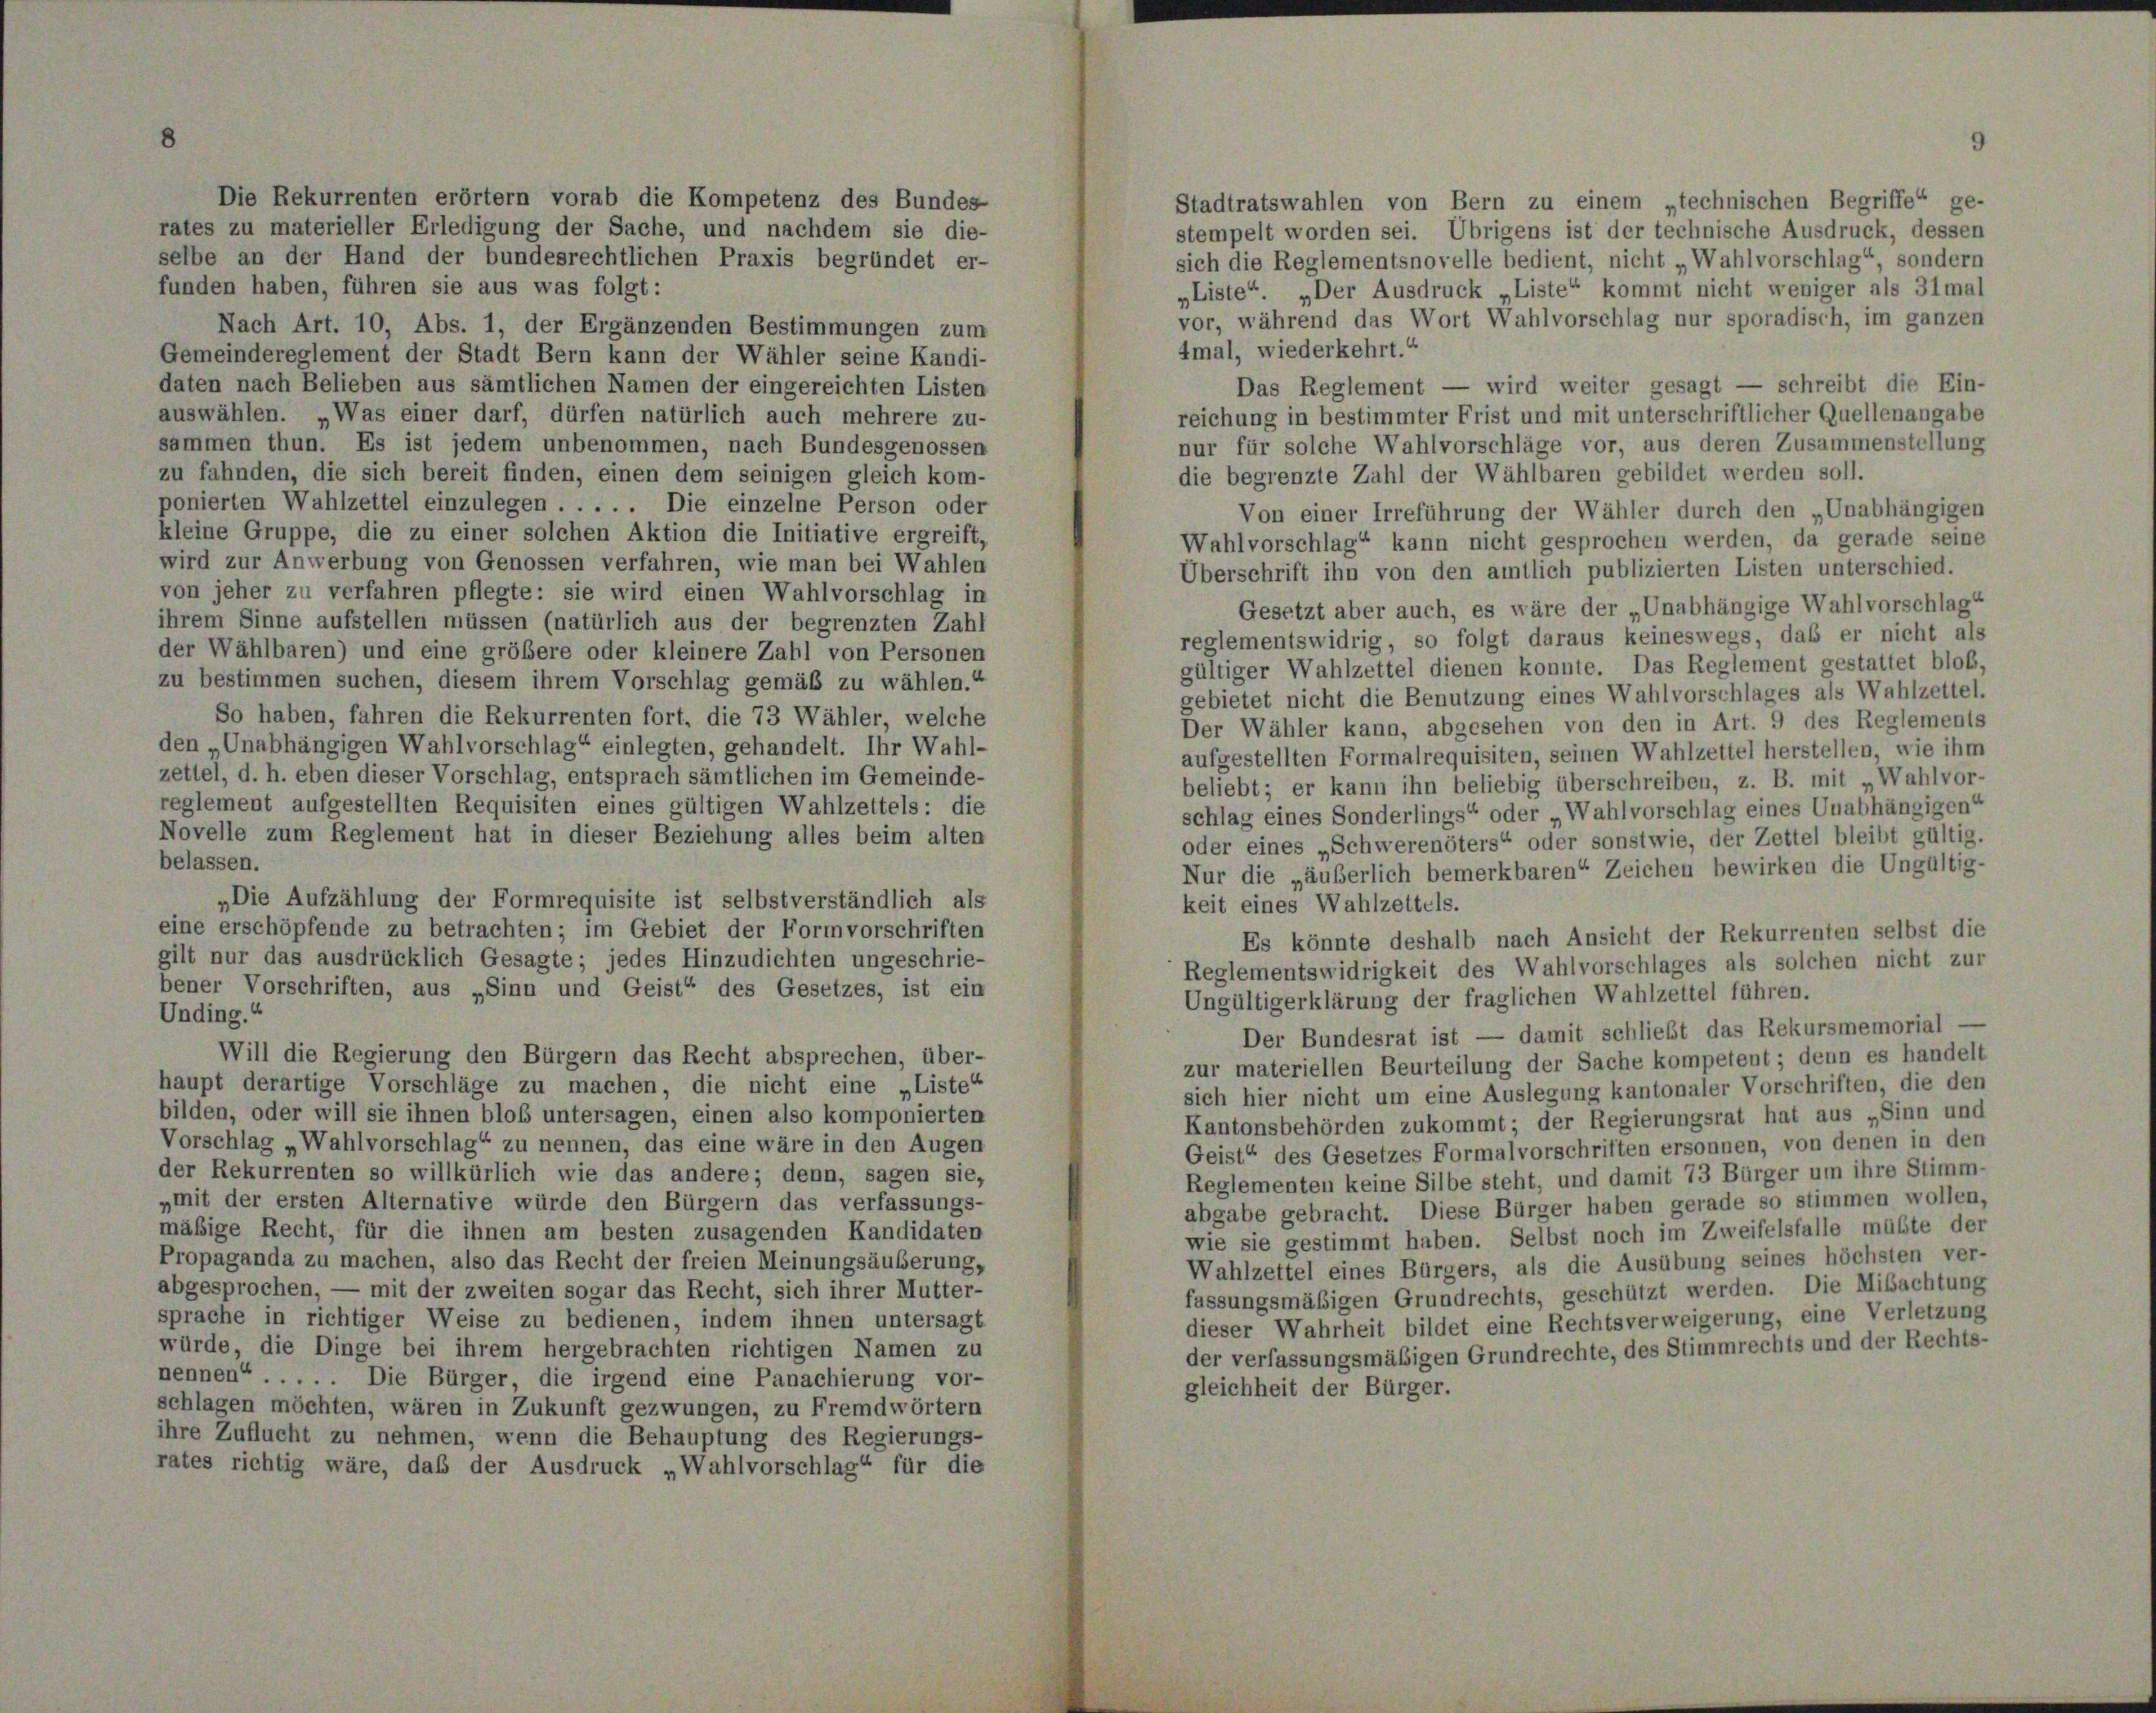
Die Rekurrenten erörtern vorab die Kompetenz des Bundes
rates zu materieller Erledigung der Sache, und nachdem sie die-
selbe an der Hand der bundesrechtlichen Praxis begründet er-
funden haben, führen sie aus was folgt:
Nach Art. 10, Abs. 1, der Ergänzenden Bestimmungen zum
Gemeindereglement der Stadt Bern kann der Wähler seine Kandi-
daten nach Belieben aus sämtlichen Namen der eingereichten Listen
auswählen. „Was einer darf, dürfen natürlich auch mehrere zu-
sammen thun. Es ist jedem unbenommen, nach Bundesgenossen
zu fahnden, die sich bereit finden, einen dem seinigen gleich kom-
ponierten Wahlzettel einzulegen . . . . . Die einzelne Person oder
kleine Gruppe, die zu einer solchen Aktion die Initiative ergreift,
wird zur Anwerbung von Genossen verfahren, wie man bei Wahlen
von jeher zu verfahren pflegte: sie wird einen Wahlvorschlag in
ihrem Sinne aufstellen müssen (natürlich aus der begrenzten Zahl
der Wählbaren) und eine größere oder kleinere Zahl von Personen
zu bestimmen suchen, diesem ihrem Vorschlag gemäß zu wählen.“
So haben, fahren die Rekurrenten fort, die 73 Wähler, welche
den „Unabhängigen Wahlvorschlag“ einlegten, gehandelt. Ihr Wahl-
zettel, d. h. eben dieser Vorschlag, entsprach sämtlichen im Gemeinde-
reglement aufgestellten Requisiten eines gültigen Wahlzettels: die
Novelle zum Reglement hat in dieser Beziehung alles beim alten
belassen.
„Die Aufzählung der Formrequisite ist selbstverständlich als
eine erschöpfende zu betrachten; im Gebiet der Formvorschriften
gilt nur das ausdrücklich Gesagte; jedes Hinzudichten ungeschrie-
bener Vorschriften, aus „Sinn und Geist“ des Gesetzes, ist ein
Unding.
Will die Regierung den Bürgern das Recht absprechen, über-
haupt derartige Vorschläge zu machen, die nicht eine „Liste“
bilden, oder will sie ihnen bloß untersagen, einen also komponierten
Vorschlag „Wahlvorschlag“ zu nennen, das eine wäre in den Augen
der Rekurrenten so willkürlich wie das andere; denn, sagen sie,
„mit der ersten Alternative würde den Bürgern das verfassungs-
mäßige Recht, für die ihnen am besten zusagenden Kandidaten
Propaganda zu machen, also das Recht der freien Meinungsäußerung,
abgesprochen, — mit der zweiten sogar das Recht, sich ihrer Mutter-
sprache in richtiger Weise zu bedienen, indem ihnen untersagt
würde, die Dinge bei ihrem hergebrachten richtigen Namen zu
nennen . . . . . Die Bürger, die irgend eine Panachierung vor-
schlagen möchten, wären in Zukunft gezwungen, zu Fremdwörtern
ihre Zuflucht zu nehmen, wenn die Behauptung des Regierungs-
rates richtig wäre, daß der Ausdruck „Wahlvorschlag“ für die

Stadtratswahlen von Bern zu einem „technischen Begriffe“ ge-
stempelt worden sei. Übrigens ist der technische Ausdruck, dessen
sich die Reglementsnovelle bedient, nicht Wahlvorschlag“, sondern
„Liste“. „Der Ausdruck „Liste“ kommt nicht weniger als 31 mal
vor, während das Wort Wahlvorschlag nur sporadisch, im ganzen
4mal, wiederkehrt.“
Das Reglement — wird weiter gesagt — schreibt die Ein-
reichung in bestimmter Frist und mit unterschriftlicher Quellenangabe
nur für solche Wahlvorschläge vor, aus deren Zusammenstellung
die begrenzte Zahl der Wählbaren gebildet werden soll.
Von einer Irreführung der Wähler durch den „Unabhängigen
Wahlvorschlag“ kann nicht gesprochen werden, da gerade seine
Überschrift ihn von den amtlich publizierten Listen unterschied.
Gesetzt aber auch, es wäre der „Unabhängige Wahlvorschlag“
reglementswidrig, so folgt daraus keineswegs, daß er nicht als
gültiger Wahlzettel dienen konnte. Das Reglement gestattet blob,
gebietet nicht die Benutzung eines Wahlvorschlages als Wahlzettel.
Der Wähler kann, abgesehen von den in Art. 9 des Reglements
aufgestellten Formalrequisiten, seinen Wahlzettel herstellen, wie ihm
beliebt; er kann ihn beliebig überschreiben, z. B. mit „Wahlvor-
schlag eines Sonderlings“ oder Wahlvorschlag eines Unabhängigen“
oder eines „Schwerenöters“ oder sonstwie, der Zettel bleibt gültig.
Nur die „äußerlich bemerkbaren“ Zeichen bewirken die Ungültig-
keit eines Wahlzettels.
Es könnte deshalb nach Ansicht der Rekurrenten selbst die
Reglementswidrigkeit des Wahlvorschlages als solchen nicht zur
Ungültigerklärung der fraglichen Wahlzettel führen.
Der Bundesrat ist — damit schließt das Rekursmemorial -
zur materiellen Beurteilung der Sache kompetent; denn es handelt
sich hier nicht um eine Auslegung kantonaler Vorschriften, die den
Kantonsbehörden zukommt; der Regierungsrat hat aus „Sinn und
Geist“ des Gesetzes Formalvorschriften ersonnen, von denen in den
Reglementen keine Silbe steht, und damit 73 Bürger um ihre Stimm-
abgabe gebracht. Diese Bürger haben gerade so stimmen wollen,
wie sie gestimmt haben. Selbst noch im Zweifelsfalle müßte der
Wahlzettel eines Bürgers, als die Ausübung seines höchsten ver-
fassungsmäßigen Grundrechts, geschützt werden. Die Mibachtung
dieser Wahrheit bildet eine Rechtsverweigerung, eine Verletzung
der verfassungsmäßigen Grundrechte, des Stimmrechts und der Rechts-
gleichheit der Bürger.